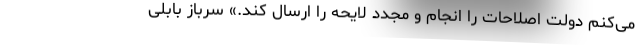
می‌کنم دولت اصلاحات را انجام و مجدد لایحه را ارسال کند.» سرباز بابلی